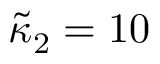
\tilde { \kappa } _ { 2 } = 1 0